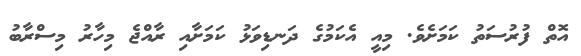
އޮތް ފުރުސަތު ކަމަށެވެ. މިއީ އެކަމުގެ ދަނޑިވަޅު ކަމަށާއި ރާއްޖެ މިހާރު މިސްރާބު